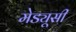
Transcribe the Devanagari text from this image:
मेड्यूसी